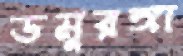
ডমুরঙ্গা